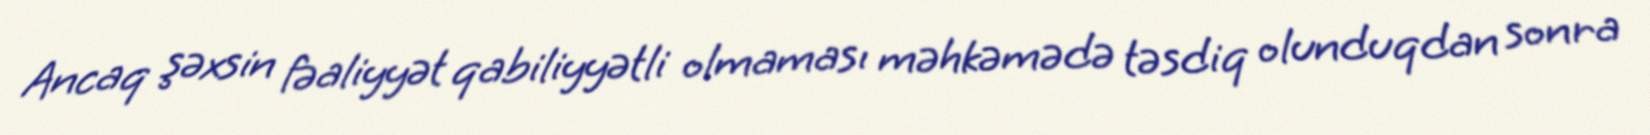
Ancaq şəxsin fəaliyyət qabiliyyətli olmaması məhkəmədə təsdiq olunduqdan sonra